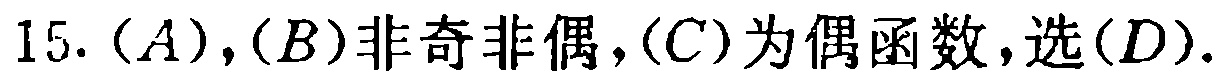
15. $(A),(B)$非奇非偶，$(C)$为偶函数，选$(D)$.